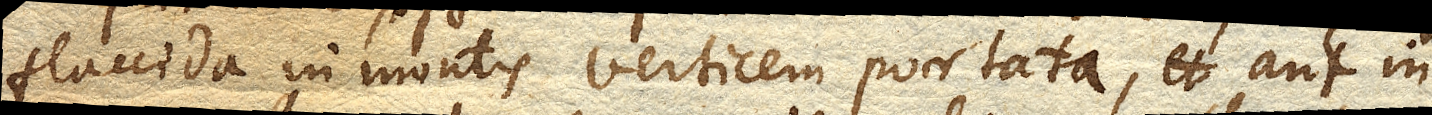
flaccida in montis verticem portata, aut in